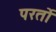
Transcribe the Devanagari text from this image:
परर्तो